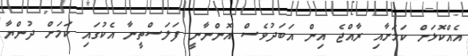
އެއްކޮޅަށް ކަމަށާއި ރާއްޖެ އިން އަބަދުވެސް އޮންނާނީ ފަލަސްތީނާ އެކުގައި ކަމަށް ދުންޔާ